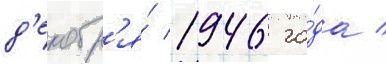
д'екабр'я́ 1946 го́да /